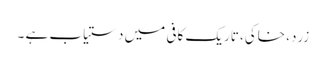
زرد، خاکی، تاریک کافی میں دستیاب ہے ۔